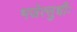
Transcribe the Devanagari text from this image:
भजेत्सुधीः